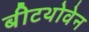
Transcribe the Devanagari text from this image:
बीटथोवेन